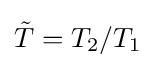
{\tilde {T}}=T_{2}/T_{1}